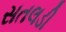
સતલડી